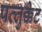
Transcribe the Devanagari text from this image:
पव्तुक्केट